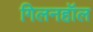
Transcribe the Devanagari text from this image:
गिलनहॉल